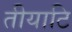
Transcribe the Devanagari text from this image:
तीयाटि